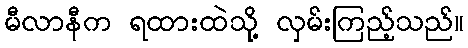
မီလာနီက ရထားထဲသို့ လှမ်းကြည့်သည်။